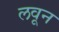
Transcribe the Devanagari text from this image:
लवून